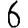
Digit: 6